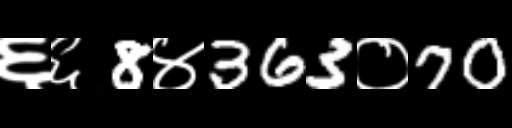
Text: ६६8४363०70